Lunatic asylums Central Provinces reports 1895-1909 - 1895-1909
Year: 1895
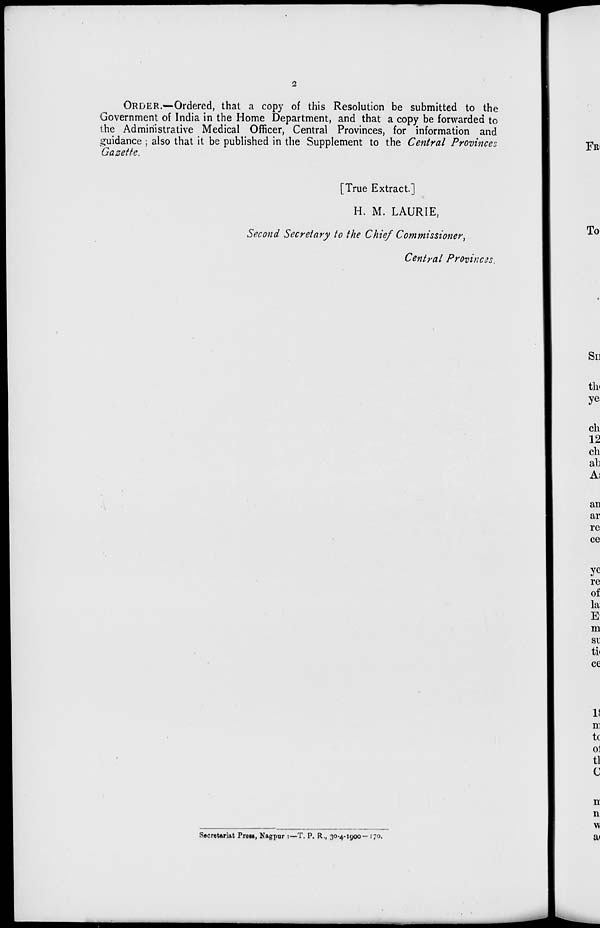
2
ORDER.—Ordered, that a copy of this Resolution be submitted to the
Government of India in the Home Department, and that a copy be forwarded to
the Administrative Medical Officer, Central Provinces, for information and
guidance ; also that it be published in the Supplement to the Central Provinces
Gazette.
[True Extract.]
H. M. LAURIE,
Second Secretary to the Chief Commissioner,
Central Provinces.
Secretariat Press, Nagpur :—T. P. R., 30-4-1900— 170.